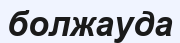
болжауда